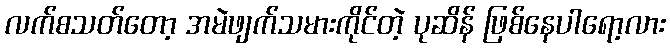
လက်စသတ်တော့ အမဲဖျက်သမားကိုင်တဲ့ ပုဆိန် ဖြစ်နေပါရော့လား